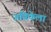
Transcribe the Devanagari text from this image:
अंबिकेला